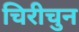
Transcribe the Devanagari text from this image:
चिरीचुन